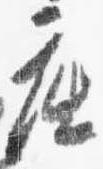
座